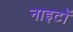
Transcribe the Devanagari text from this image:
नाइटों